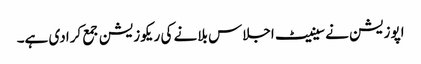
اپوزیشن نے سینیٹ اجلاس بلانے کی ریکوزیشن جمع کرادی ہے۔